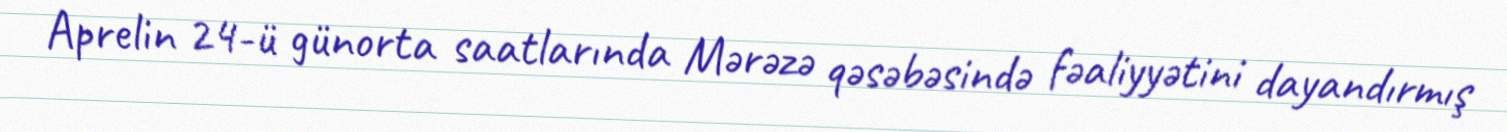
Aprelin 24-ü günorta saatlarında Mərəzə qəsəbəsində fəaliyyətini dayandırmış